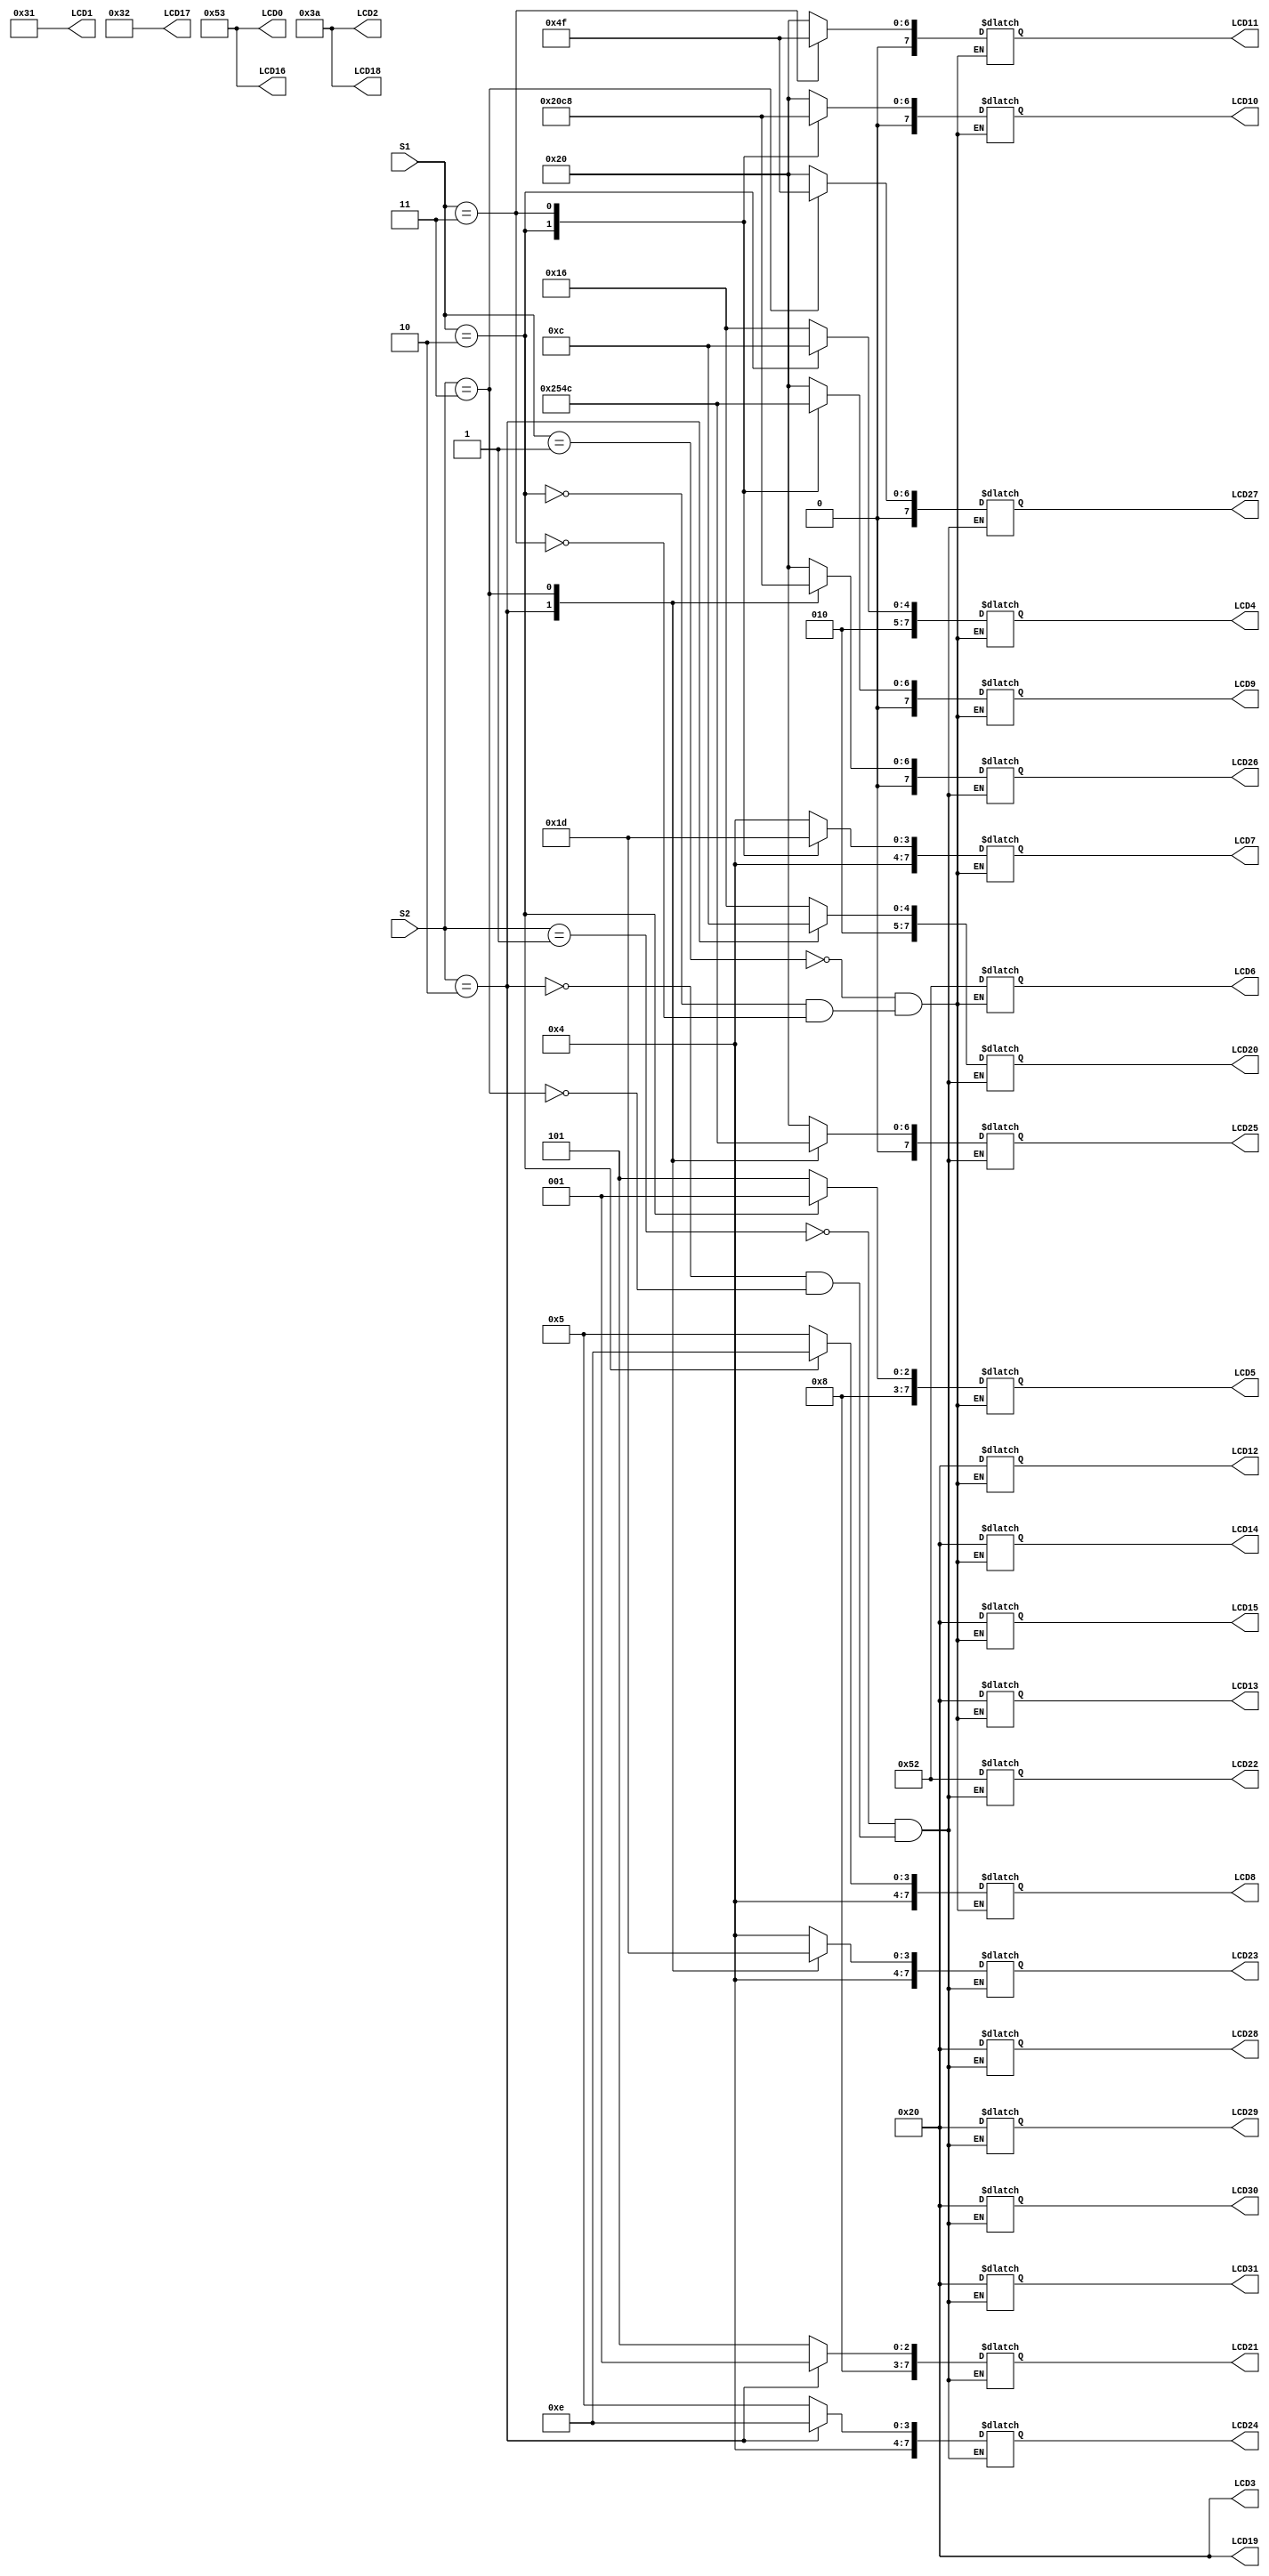
module SHOW_SIGNAL(S1, S2, LCD0, LCD1, LCD2, LCD3, LCD4, LCD5, LCD6, LCD7, LCD8, LCD9, LCD10, LCD11
                   , LCD12, LCD13, LCD14, LCD15, LCD16, LCD17, LCD18, LCD19, LCD20, LCD21
						 , LCD22, LCD23, LCD24, LCD25, LCD26, LCD27, LCD28, LCD29, LCD30, LCD31);

input [1:0] S1, S2;
output reg [7:0] LCD0, LCD1, LCD2, LCD3, LCD4, LCD5, LCD6, LCD7, LCD8, LCD9, LCD10, LCD11
                 , LCD12, LCD13, LCD14, LCD15, LCD16, LCD17, LCD18, LCD19, LCD20, LCD21
					  , LCD22, LCD23, LCD24, LCD25, LCD26, LCD27, LCD28, LCD29, LCD30, LCD31;
					  
always@(S1 or S2)
begin
	LCD0 <= 8'd83; // S
	LCD1 <= 8'd49; // 1
	LCD2 <= 8'd58; // :
	LCD3 <= 8'd32; // (SPACE)
	LCD16 <= 8'd83; // S
	LCD17 <= 8'd50; // 2
	LCD18 <= 8'd58; // :
	LCD19 <= 8'd32; // (SPACE)
	case(S1)
		2'b01: // VERDE
			begin
			LCD4 <= 8'd86; // V
			LCD5 <= 8'd69; // E
			LCD6 <= 8'd82; // R
			LCD7 <= 8'd68; // D
			LCD8 <= 8'd69; // E
			LCD9 <= 8'd32; // (SPACE)
			LCD10 <= 8'd32; // (SPACE)
			LCD11 <= 8'd32; // (SPACE)
			LCD12 <= 8'd32; // (SPACE)
			LCD13 <= 8'd32; // (SPACE)
			LCD14 <= 8'd32; // (SPACE)
			LCD15 <= 8'd32; // (SPACE)
			end
		2'b10: // LARANJA
			begin
			LCD4 <= 8'd76; // L
			LCD5 <= 8'd65; // A
			LCD6 <= 8'd82; // R
			LCD7 <= 8'd65; // A
			LCD8 <= 8'd78; // N
			LCD9 <= 8'd74; // J
			LCD10 <= 8'd65; // A
			LCD11 <= 8'd32; // (SPACE)
			LCD12 <= 8'd32; // (SPACE)
			LCD13 <= 8'd32; // (SPACE)
			LCD14 <= 8'd32; // (SPACE)
			LCD15 <= 8'd32; // (SPACE)
			end
		2'b11: // VERMELHO		
			begin
			LCD4 <= 8'd86; // V
			LCD5 <= 8'd69; // E
			LCD6 <= 8'd82; // R
			LCD7 <= 8'd77; // M
			LCD8 <= 8'd69; // E
			LCD9 <= 8'd76; // L
			LCD10 <= 8'd72; // H
			LCD11 <= 8'd79; // O
			LCD12 <= 8'd32; // (SPACE)
			LCD13 <= 8'd32; // (SPACE)
			LCD14 <= 8'd32; // (SPACE)
			LCD15 <= 8'd32; // (SPACE)
			end
	endcase	
	case(S2) 
		2'b01: // VERDE
			begin
			LCD20 <= 8'd86; // V
			LCD21 <= 8'd69; // E
			LCD22 <= 8'd82; // R
			LCD23 <= 8'd68; // D
			LCD24 <= 8'd69; // E
			LCD25 <= 8'd32; // (SPACE)
			LCD26 <= 8'd32; // (SPACE)
			LCD27 <= 8'd32; // (SPACE)
			LCD28 <= 8'd32; // (SPACE)
			LCD29 <= 8'd32; // (SPACE)
			LCD30 <= 8'd32; // (SPACE)
			LCD31 <= 8'd32; // (SPACE)
			end	
		2'b10: // LARANJA
			begin
			LCD20 <= 8'd76; // L
			LCD21	<= 8'd65; // A
			LCD22 <= 8'd82; // R
			LCD23 <= 8'd65; // A
			LCD24 <= 8'd78; // N
			LCD25 <= 8'd74; // J
			LCD26 <= 8'd65; // A
			LCD27 <= 8'd32; // (SPACE)
			LCD28 <= 8'd32; // (SPACE)
			LCD29 <= 8'd32; // (SPACE)
			LCD30 <= 8'd32; // (SPACE)
			LCD31 <= 8'd32; // (SPACE)
			end
		2'b11: // VERMELHO		
			begin
			LCD20 <= 8'd86; // V
			LCD21 <= 8'd69; // E
			LCD22 <= 8'd82; // R
			LCD23 <= 8'd77; // M
			LCD24 <= 8'd69; // E
			LCD25 <= 8'd76; // L
			LCD26 <= 8'd72; // H
			LCD27 <= 8'd79; // O
			LCD28 <= 8'd32; // (SPACE)
			LCD29 <= 8'd32; // (SPACE)
			LCD30 <= 8'd32; // (SPACE)
			LCD31 <= 8'd32; // (SPACE)
			end
	endcase
	end
	endmodule